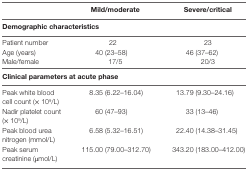
<table><thead><tr><td></td><td><b>Mild/moderate</b></td><td><b>Severe/critical</b></td></tr><tr><td><b>Demographic characteristics</b></td></tr></thead><tbody><tr><td>Patient number</td><td>22</td><td>23</td></tr><tr><td>Age (years)</td><td>40 (23–58)</td><td>46 (37–62)</td></tr><tr><td>Male/female</td><td>17/5</td><td>20/3</td></tr><tr><td><b>Clinical parameters at acute phase</b></td></tr><tr><td>Peak white blood cell count (× 10<sup>9</sup>/L)</td><td>8.35 (6.22–16.04)</td><td>13.79 (9.30–24.16)</td></tr><tr><td>Nadir platelet count (× 10<sup>9</sup>/L)</td><td>60 (47–93)</td><td>33 (13–46)</td></tr><tr><td>Peak blood urea nitrogen (mmol/L)</td><td>6.58 (5.32–16.51)</td><td>22.40 (14.38–31.45)</td></tr><tr><td>Peak serum creatinine (μmol/L)</td><td>115.00 (79.00–312.70)</td><td>343.20 (183.00–412.00)</td></tr></tbody></table>